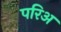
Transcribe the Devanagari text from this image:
परिअ